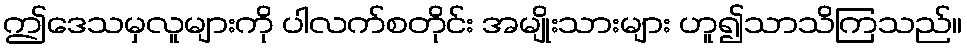
ဤဒေသမှလူများကို ပါလက်စတိုင်း အမျိုးသားများ ဟူ၍သာသိကြသည်။